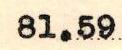
81.59